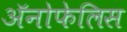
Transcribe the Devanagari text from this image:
अॅनोफेलिस